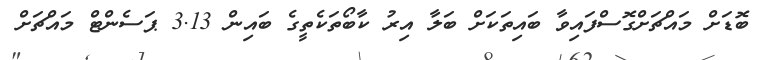
ބޮޑަށް މައްޗަށްގޮސްފައިވާ ބައިތަކަށް ބަލާ އިރު ކާބޯތަކެތީގެ ބައިން 3.13 ޕަސެންޓް މައްޗަށް